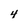
Character: 4